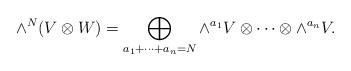
LaTeX: \begin{align*}\wedge^N(V\otimes W)=\bigoplus_{a_1+\dots +a_n=N}\wedge^{a_1}V\otimes\dots\otimes\wedge^{a_n}V.\end{align*}